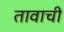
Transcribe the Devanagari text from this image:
तावाची